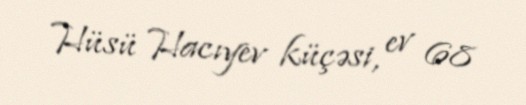
Hüsü Hacıyev küçəsi, ev 68